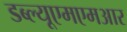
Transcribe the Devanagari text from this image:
डब्ल्यूएमएमआर